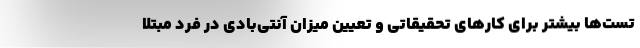
تست‌ها بیشتر برای کارهای تحقیقاتی و تعیین میزان آنتی‌بادی در فرد مبتلا